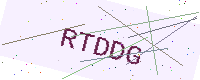
Text: RTDDG